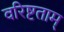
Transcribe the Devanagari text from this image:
वरिष्टताम्